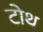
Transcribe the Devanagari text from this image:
टोथ